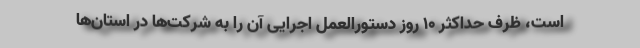
است، ظرف حداکثر ۱۰ روز دستورالعمل اجرایی آن را به شرکت‌ها در استان‌ها